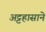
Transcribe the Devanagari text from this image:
अट्टहासाने